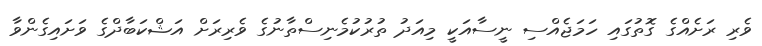
ވެރި ރަށެއްގެ ގޮތުގައި ހަމަޖެއްސި ނީސާއަކީ މިއަދު ތުރުކުމެނިސްތާނުގެ ވެރިރަށް އަޝްކަބާދްގެ ވަށައިގެންވާ